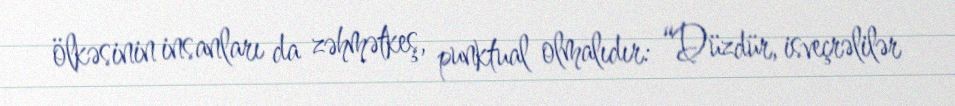
ölkəsinin insanları da zəhmətkeş, punktual olmalıdır: “Düzdür, isveçrəlilər